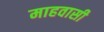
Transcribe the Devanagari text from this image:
माहवासी